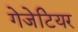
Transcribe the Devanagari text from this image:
गेजेटियर